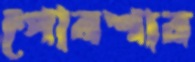
পোরশার